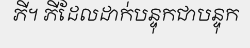
ភី។ ភីដែលដាក់បន្ទុកជាបន្ទុក